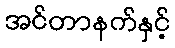
အင်တာနက်နှင့်